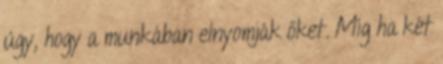
úgy, hogy a munkában elnyomják őket. Míg ha két